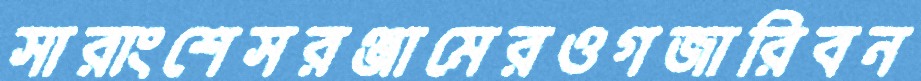
সারাংশেসরঞ্জামেরওগজারিবন